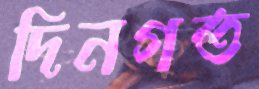
দিনগত